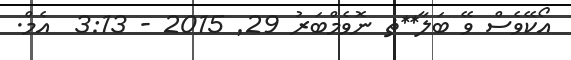
އޯކޭވެސް ވޭ ބަލާ**ޡ ނޮވެމްބަރު 29